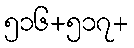
၅၁၆+၅၁၇+